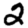
Digit: 2